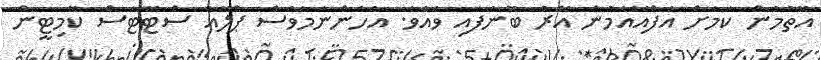
އޮތުމުން ކަމަށް އެފްއޭއެމުން އޭރު ބޫނެފައި ވެއެވެ. އެހެންނަމަވެސް ޕްލޭއާ ސްޓޭޓަސް ކޮމިޓީން